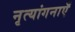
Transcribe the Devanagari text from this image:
नृत्यांगनाएँ